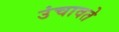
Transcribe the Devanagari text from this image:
उंचावते